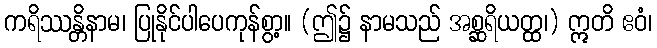
ကရိဿန္တိနာမ၊ ပြုနိုင်ပါပေကုန်စွာ့။ (ဤ၌ နာမသည် အစ္ဆရိယတ္ထ၊) ဣတိ ဧဝံ၊